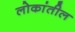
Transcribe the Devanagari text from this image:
लोकांतील